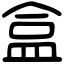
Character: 盒